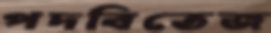
পদবিতেজ